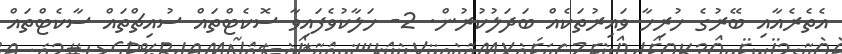
އެތެރެއާއި ބޭރުގެ ހުރިހާ ވައިރުތަކެއް ބަދަލުކުރުން. 2- ހަލާކުވެފައިވާ ސޮކެޓްތައް ސުއިޗްތައް ސާކެޓްތައް